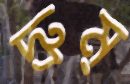
দ্রুম্